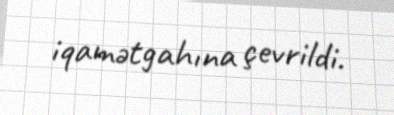
iqamətgahına çevrildi.